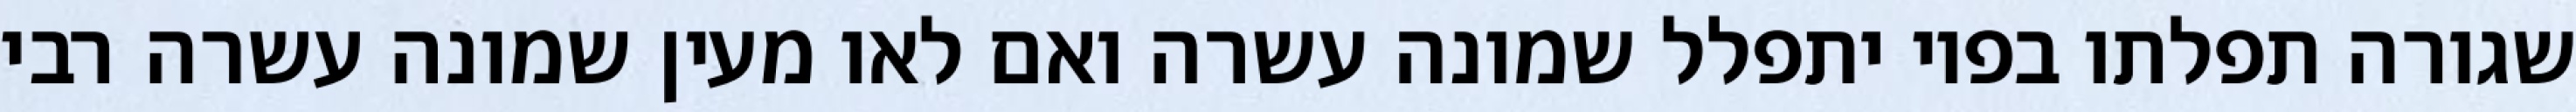
שגורה תפלתו בפיו יתפלל שמונה עשרה ואם לאו מעין שמונה עשרה רבי